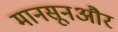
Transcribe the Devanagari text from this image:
मानसूनऔर